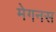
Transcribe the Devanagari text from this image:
मेगनस